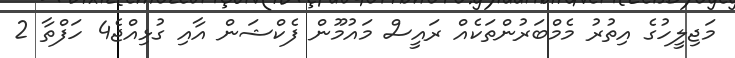
މަޖިލީހުގެ އިތުރު މެމްބަރުންތަކެއް ރައީސް މައުމޫން ފެކްޝަން އާއި ގުޅިއްޖެ4 ހަފްތާ 2